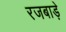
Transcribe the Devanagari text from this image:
रजबाड़े